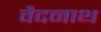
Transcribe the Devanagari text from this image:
वैदनाथ